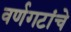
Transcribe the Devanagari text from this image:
वर्णगटांचे